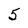
Character: 5